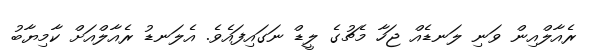
ރެއާލްއިން ވަނި ލަނޑެއް ޖަހާ މެޗުގެ ލީޑް ނަގައިފައެވެ. އެލަނޑު ރެއާލްއަށް ކާމިޔާބު